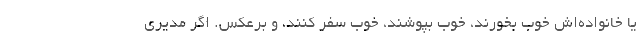
یا خانواده‌اش خوب بخورند، خوب بپوشند، خوب سفر کنند، و برعکس. اگر مدیری